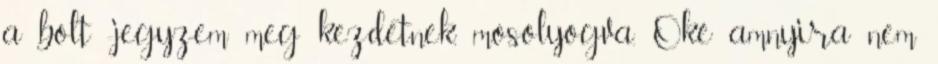
a bolt -jegyzem meg kezdetnek, mosolyogva. Oké amnyira nem